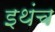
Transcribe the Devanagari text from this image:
इथंच